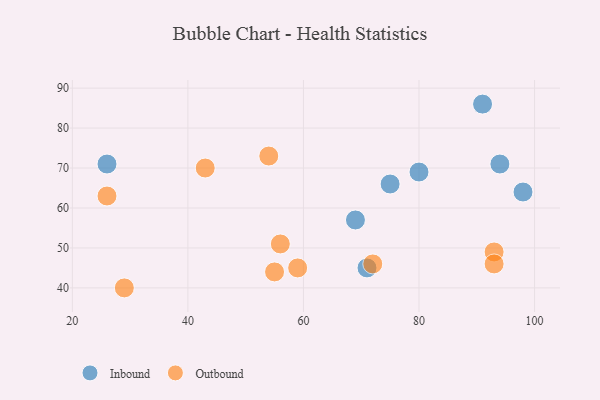
{"axis": {"x": "GDP", "y": "Life Expectancy"}, "legend": ["Inbound", "Outbound"], "data": [{"x": "94", "y": 71, "type": "Inbound"}, {"x": "75", "y": 66, "type": "Inbound"}, {"x": "91", "y": 86, "type": "Inbound"}, {"x": "98", "y": 64, "type": "Inbound"}, {"x": "26", "y": 71, "type": "Inbound"}, {"x": "69", "y": 57, "type": "Inbound"}, {"x": "80", "y": 69, "type": "Inbound"}, {"x": "71", "y": 45, "type": "Inbound"}, {"x": "93", "y": 49, "type": "Outbound"}, {"x": "93", "y": 46, "type": "Outbound"}, {"x": "26", "y": 63, "type": "Outbound"}, {"x": "59", "y": 45, "type": "Outbound"}, {"x": "55", "y": 44, "type": "Outbound"}, {"x": "43", "y": 70, "type": "Outbound"}, {"x": "56", "y": 51, "type": "Outbound"}, {"x": "29", "y": 40, "type": "Outbound"}, {"x": "72", "y": 46, "type": "Outbound"}, {"x": "54", "y": 73, "type": "Outbound"}]}